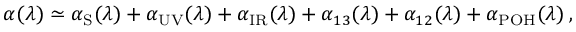
\alpha ( \lambda ) \simeq \alpha _ { \mathrm { S } } ( \lambda ) + \alpha _ { \mathrm { U V } } ( \lambda ) + \alpha _ { \mathrm { I R } } ( \lambda ) + \alpha _ { 1 3 } ( \lambda ) + \alpha _ { 1 2 } ( \lambda ) + \alpha _ { \mathrm { P O H } } ( \lambda ) \: ,